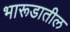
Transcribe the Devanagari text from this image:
भारूडातील